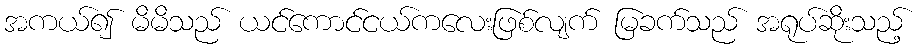
အကယ်၍ မိမိသည် ယင်ကောင်ငယ်ကလေးဖြစ်လျက် မြခက်သည် အရုပ်ဆိုးသည့်